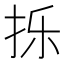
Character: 㧰